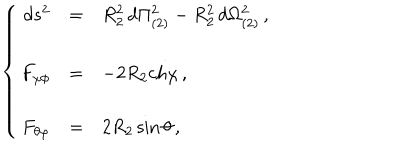
LaTeX: \left\{ \begin{array} { r c l } { { d s ^ { 2 } } } & { { = } } & { { R _ { 2 } ^ { 2 } \, d \Pi _ { ( 2 ) } ^ { 2 } - R _ { 2 } ^ { 2 } \, d \Omega _ { ( 2 ) } ^ { 2 } \, , } } \\ { { } } & { { } } & { { } } \\ { { F _ { \chi \phi } } } & { { = } } & { { - 2 R _ { 2 } \mathrm { c h } \chi \, , } } \\ { { } } & { { } } & { { } } \\ { { F _ { \theta \varphi } } } & { { = } } & { { 2 R _ { 2 } \sin { \theta } \, , } } \\ \end{array} \right.